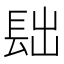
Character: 𨱦